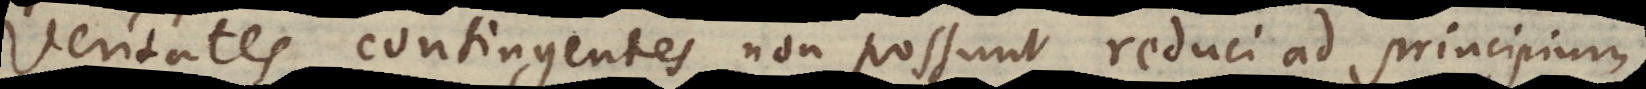
Veritates contingentes non possunt reduci ad principium